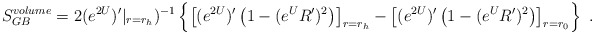
\begin{align*}S_{GB}^{volume} = 2 (e^{2U})'|_{r=r_h})^{-1} \left\{ \left[(e^{2U})'\left(1 - (e^{U} R')^2\right)\right]_{r=r_h} - \left[(e^{2U})'\left(1 - (e^{U} R')^2\right)\right]_{r = r_0} \right\} \ .\end{align*}